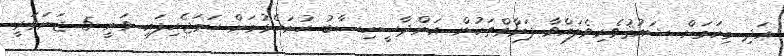
އަދި މިކަމަށް ޝައުޤުވެރިވެލައްވާ ފަރާތްތަކުން އަންދާސީހިސާބު ހުށަހެޅުމަށް ހަމަޖެހިފައި ވަނީ 5 ޖަނަވަރީ